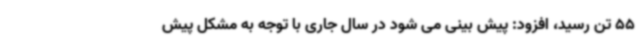
55 تن رسید، افزود: پیش بینی می شود در سال جاری با توجه به مشکل پیش